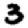
Digit: 3